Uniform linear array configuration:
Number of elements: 8
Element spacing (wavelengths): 0.75
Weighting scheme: kaiser
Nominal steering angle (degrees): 45
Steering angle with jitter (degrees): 43.94
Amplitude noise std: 0.05
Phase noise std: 0.05

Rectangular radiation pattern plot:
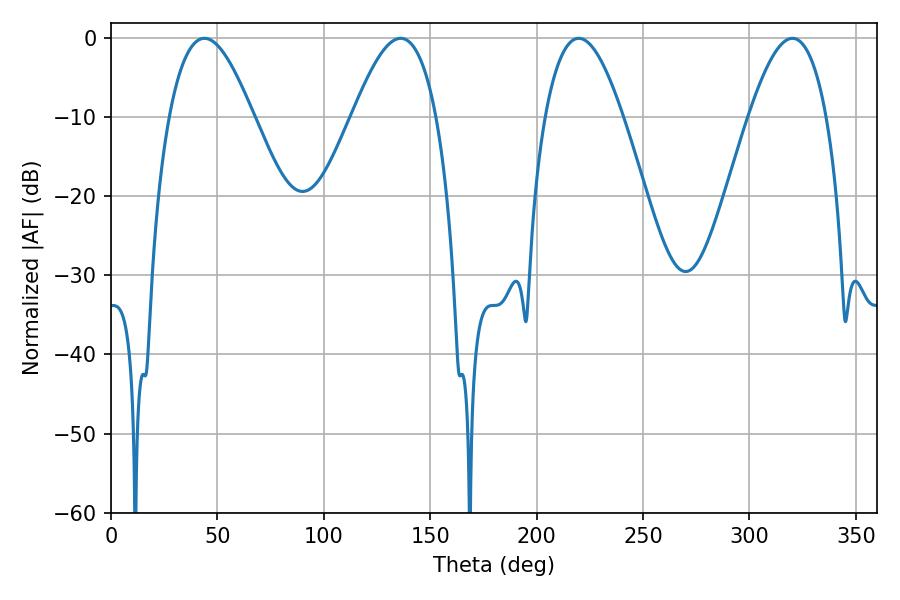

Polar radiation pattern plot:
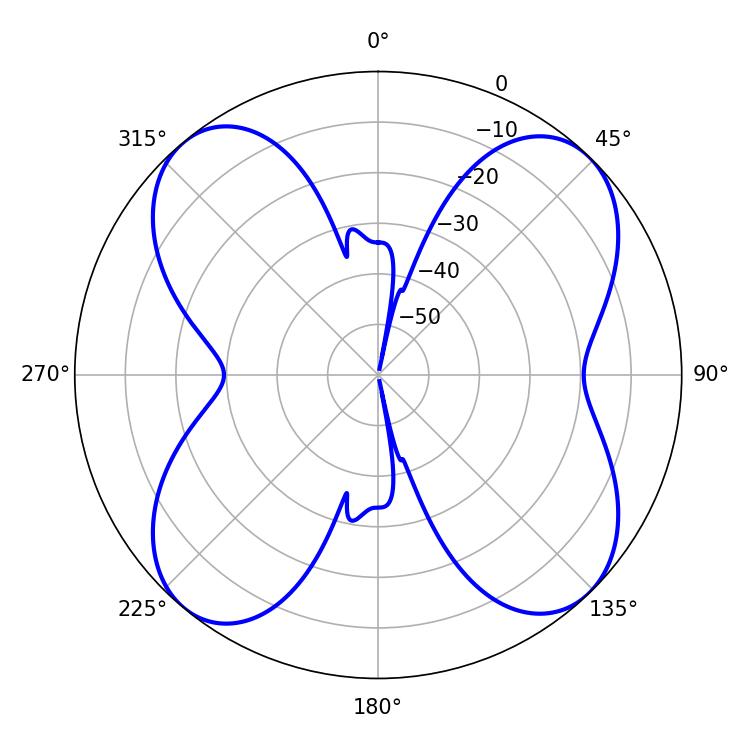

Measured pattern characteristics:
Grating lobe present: TRUE
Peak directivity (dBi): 13.4
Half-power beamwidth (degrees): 19.98
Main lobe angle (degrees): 219.78